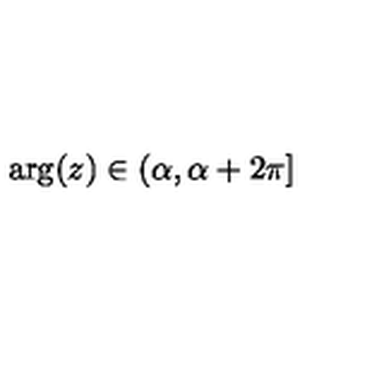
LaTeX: \arg ( z ) \in ( \alpha , \alpha + 2 \pi ] \protect